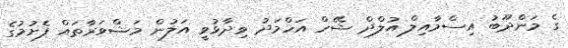
ގެ މަންދޫބު އިސްމާއިލް އުލްދް ޝޭހް އަހްމަދު ވިދާޅުވީ އަލުން މަޝްވަރާތައް ފެށުމުގެ